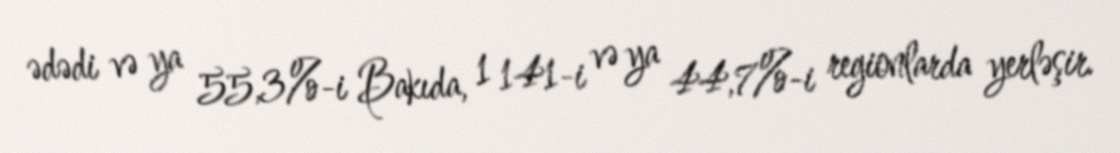
ədədi və ya 55,3%-i Bakıda, 1 141-i və ya 44,7%-i regionlarda yerləşir.